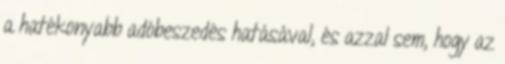
a hatékonyabb adóbeszedés hatásával, és azzal sem, hogy az